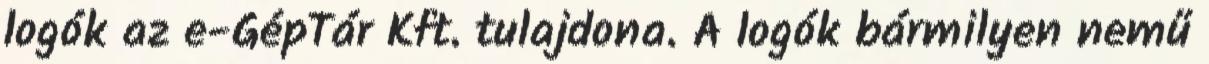
logók az e-GépTár Kft. tulajdona. A logók bármilyen nemű